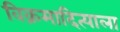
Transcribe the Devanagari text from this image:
विक्रमादित्याला